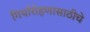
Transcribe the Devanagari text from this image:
गिर्यारोहणासाठीचे